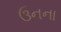
ઉનના